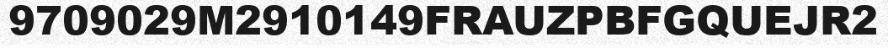
9709029M2910149FRAUZPBFGQUEJR2